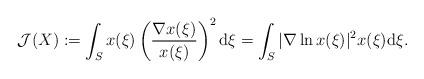
LaTeX: \begin{align*}\mathcal{J}(X):=\int_Sx(\xi)\left(\frac{\nabla x(\xi)}{x(\xi)}\right)^2\mathrm{d}\xi=\int_S|\nabla \ln x(\xi)|^2x(\xi)\mathrm{d}\xi.\end{align*}